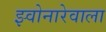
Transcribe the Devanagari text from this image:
झ्वोनारेवाला